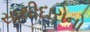
સાથીદારોનો